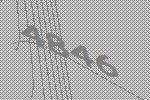
4846